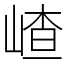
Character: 嵖